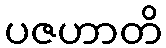
ပဇဟာတိ